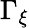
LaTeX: \Gamma_{\xi}